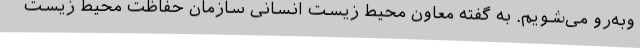
وبه‌رو می‌شویم. به گفته معاون محیط زیست انسانی سازمان حفاظت محیط زیست